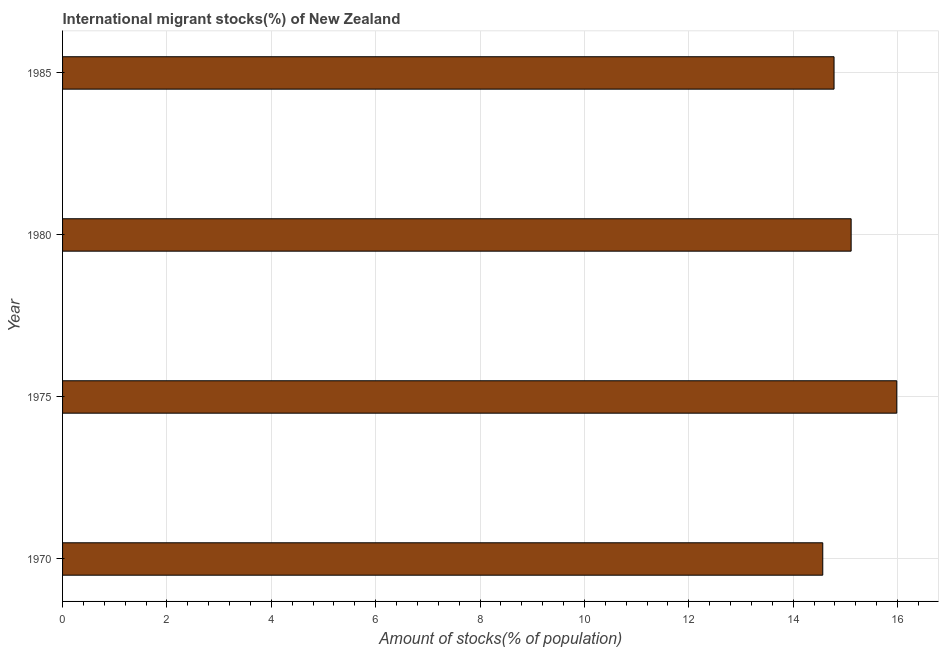
| Year | International migrant stock |
 | --- | --- |
 | 1970 | 14.6 |
 | 1975 | 16 |
 | 1980 | 15.1 |
 | 1985 | 14.8 |